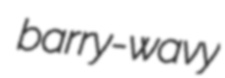
barry-wavy